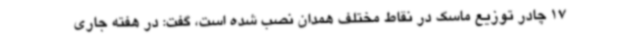
17 چادر توزیع ماسک در نقاط مختلف همدان نصب شده است، گفت: در هفته جاری